Report on the working of the Ranchi Indian Mental Hospital, Kanke, in Bihar and Orissa - 1930-1940
Year: 1930
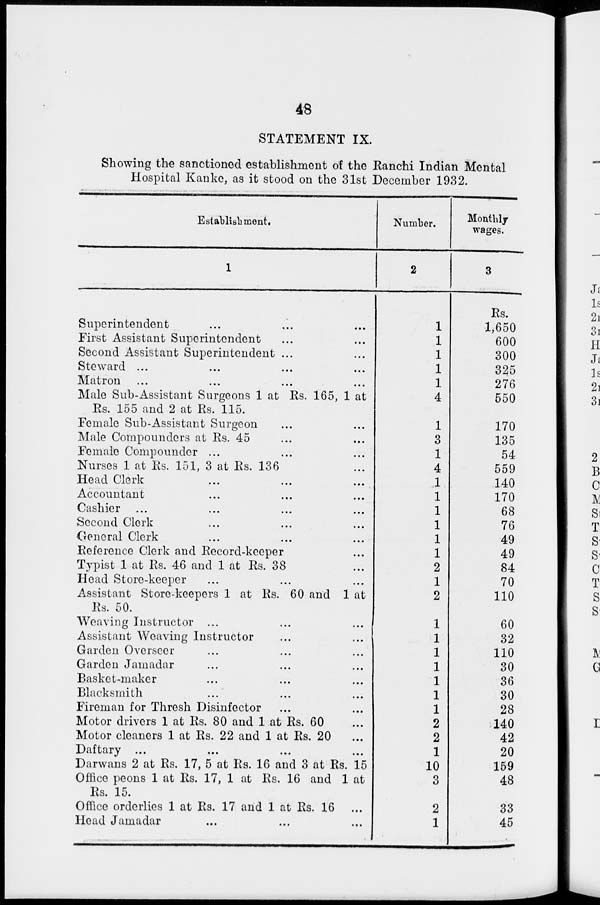
48
STATEMENT IX.
Showing the sanctioned establishment of the Ranchi Indian Mental
Hospital Kanke, as it stood on the 31st December 1932.
Establishment.
1
Superintendent ... ... ...
First Assistant Superintendent ... ...
Second Assistant Superintendent ... ...
Steward ... ... ... ...
Matron ... ... ... ...
Male Sub-Assistant Surgeons 1 at Rs. 165, 1 at
Rs. 155 and 2 at Rs. 115.
Female Sub-Assistant Surgeon ... ...
Male Compounders at Rs. 45 ... ...
Female Compounder ... ... ...
Nurses 1 at Rs. 151, 3 at Rs. 136 ...
Head Clerk ... ... ...
Accountant ... ... ...
Cashier ... ... ... ...
Second Clerk ... ... ...
General Clerk ... ... ...
Reference Clerk and Record-keeper ...
Typist 1 at Rs. 46 and 1 at Rs. 38 ...
Head Store-keeper ... ... ...
Assistant Store-keepers 1 at Rs. 60 and 1 at
Rs. 50.
Weaving Instructor ... ... ...
Assistant Weaving Instructor
...
...
Garden Overseer ... ... ...
Garden Jamadar ... ... ...
Basket-maker ... ... ...
Blacksmith ... ... ...
Fireman for Thresh Disinfector ... ...
Motor drivers 1 at Rs. 80 and 1 at Rs. 60 ...
Motor cleaners 1 at Rs. 22 and 1 at Rs. 20 ...
Daftary ... ... ... ...
Darwans 2 at Rs. 17, 5 at Rs. 16 and 3 at Rs. 15
Office peons 1 at Rs. 17, 1 at Rs. 16 and 1 at
Rs. 15.
Office orderlies 1 at Rs. 17 and 1 at Rs. 16 ...
Head Jamadar ... ... ...
Number.
2
1
1
1
1
1
4
1
3
1
4
1
1
1
1
1
1
2
1
2
1
1
1
1
1
1
1
2
2
1
10
3
2
1
Monthly
wages.
3
Rs.
1,650
600
300
325
276
550
170
135
54
559
140
170
68
76
49
49
84
70
110
60
32
110
30
36
30
28
140
42
20
159
48
33
45